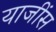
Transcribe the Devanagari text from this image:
याजींस